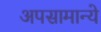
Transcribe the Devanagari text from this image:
अपसामान्ये